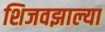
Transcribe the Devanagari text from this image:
शिजवझाल्या